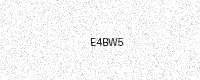
Text: E4BW5